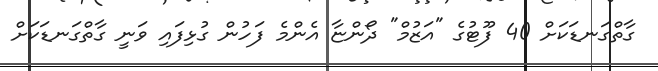
ގާތްގަނޑަކަށް 40 ފޫޓުގެ "އަޒުމް" ދޯންޏާ އެންމެ ފަހުން ގުޅިފައި ވަނީ ގާތްގަނޑަކަށް